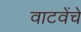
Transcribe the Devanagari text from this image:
वाटवेंचे